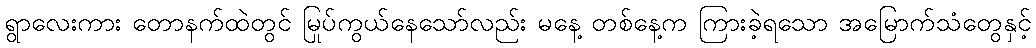
ရွာလေးကား တောနက်ထဲတွင် မြုပ်ကွယ်နေသော်လည်း မနေ့ တစ်နေ့က ကြားခဲ့ရသော အမြောက်သံတွေနှင့်